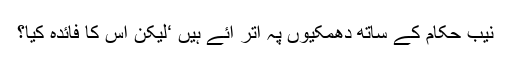
نیب حکام کے ساتھ دھمکیوں پہ اُتر آئے ہیں ‘لیکن اس کا فائدہ کیا؟